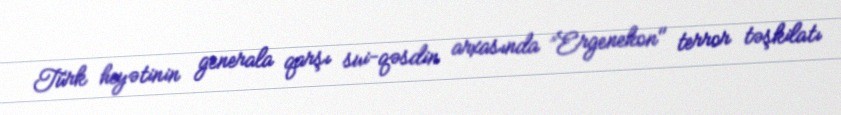
Türk heyətinin generala qarşı sui-qəsdin arxasında ”Ergenekon" terror təşkilatı